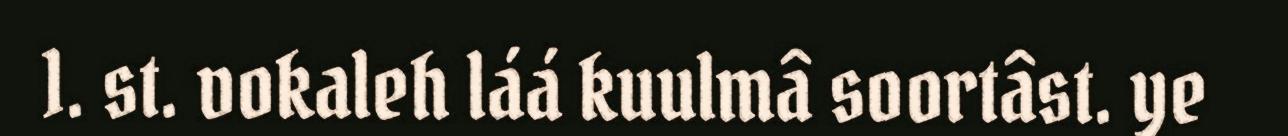
1. st. vokaleh láá kuulmâ soortâst. ye